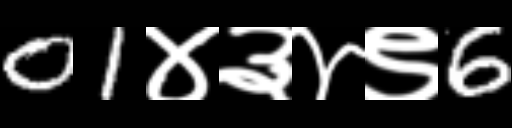
Text: 01४३४९6